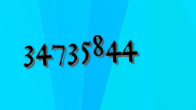
34735844